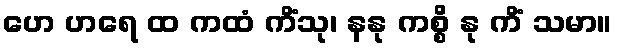
ဟေ ဟရေ ထ ကထံ ကိံသု၊ နနု ကစ္စိ နု ကိံ သမာ။